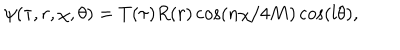
\psi ( \tau , r , \chi , \theta ) = T ( \tau ) R ( r ) \cos ( n \chi / 4 M ) \cos ( l \theta ) ,